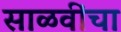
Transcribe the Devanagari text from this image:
साळवींचा